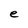
Character: e